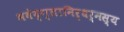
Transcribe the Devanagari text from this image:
भवेद्‌ग्लानिर्धर्मस्य